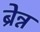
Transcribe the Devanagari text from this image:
ब्रेन्न